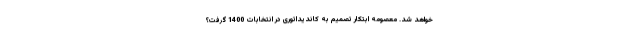
خواهد شد. معصومه ابتکار تصمیم به کاندیداتوری در انتخابات 1400 گرفت؟